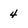
Character: 4